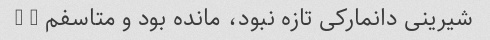
شیرینی دانمارکی تازه نبود، مانده بود و متاسفم … …